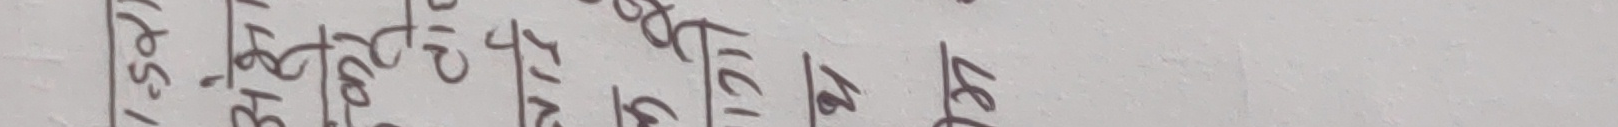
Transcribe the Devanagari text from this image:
१५९/ १६७ २७४ १८० १६ १२१ १८ ४८